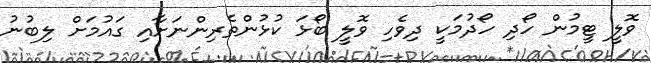
ވޮލީ ޓީމުން ހޯދި ހޯދުމަކީ ދިވެހި ވޮލީ ބޯޅަ ކުޅުންތެރިންނަށާއި ގައުމަށް ލިބުނު